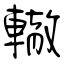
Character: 轍